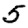
Digit: 5